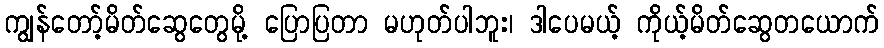
ကျွန်တော့်မိတ်ဆွေတွေမို့ ပြောပြတာ မဟုတ်ပါဘူး၊ ဒါပေမယ့် ကိုယ့်မိတ်ဆွေတယောက်